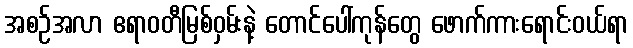
အစဉ်အလာ ဧရာဝတီမြစ်ဝှမ်းနဲ့ တောင်ပေါ်ကုန်တွေ ဖောက်ကားရောင်းဝယ်ရာ